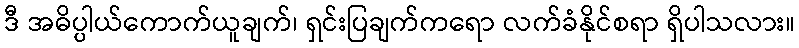
ဒီ အဓိပ္ပါယ်ကောက်ယူချက်၊ ရှင်းပြချက်ကရော လက်ခံနိုင်စရာ ရှိပါသလား။